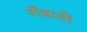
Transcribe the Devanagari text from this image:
गँवाती